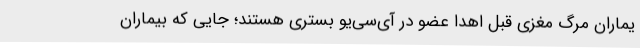
یماران مرگ مغزی‌ قبل اهدا عضو در آی‌سی‌یو بستری هستند؛ جایی که بیماران